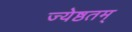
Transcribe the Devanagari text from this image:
ज्येष्ठतम्